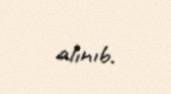
alınıb.